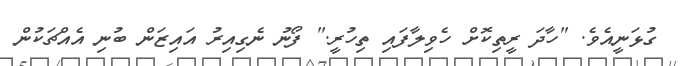
ގުޅަނީއެވެ. "ހާދަ ރީތިކޮށް ހެވިލާފައި ތިހުރީ." ފޯނު ނެގިއިރު އައިޒަން ބުނި އެއްޗަކުން